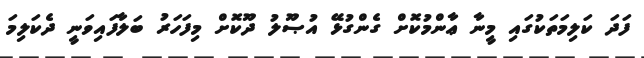
ފަދަ ކަލިމަތަކުގައި މީނާ ޢާންމުކޮށް ގެންގުޅޭ އުޞޫލު ދޫކޮށް މިފަހަރު ބަލާފައިވަނީ ދެކަލިމަ